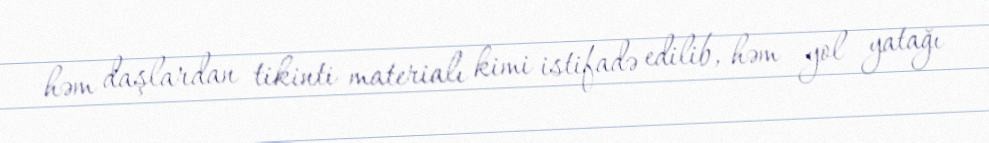
həm daşlardan tikinti materialı kimi istifadə edilib, həm yol yatağı